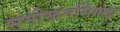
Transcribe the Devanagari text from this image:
समोखनसिंगला